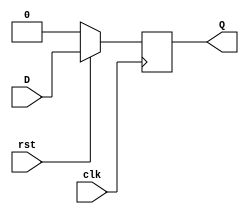
`timescale 1ns / 1ps
//////////////////////////////////////////////////////////////////////////////////
// Company: 
// Engineer: 
// 
// Design Name: 
// Module Name:    D_FF 
// Project Name: 
// Target Devices: 
// Tool versions: 
// Description: 
//
// Dependencies: 
//
// Revision: 
// Revision 0.01 - File Created
// Additional Comments: 
//
//////////////////////////////////////////////////////////////////////////////////
module D_FF(
    input D,
    input clk,
    input rst,
    output reg Q
    );
always@(posedge clk)
if(!rst)
Q<=1'b0;
else
Q<=D;

endmodule